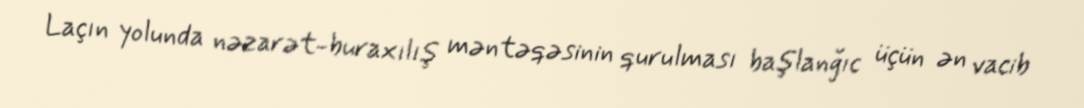
Laçın yolunda nəzarət-buraxılış məntəqəsinin qurulması başlanğıc üçün ən vacib